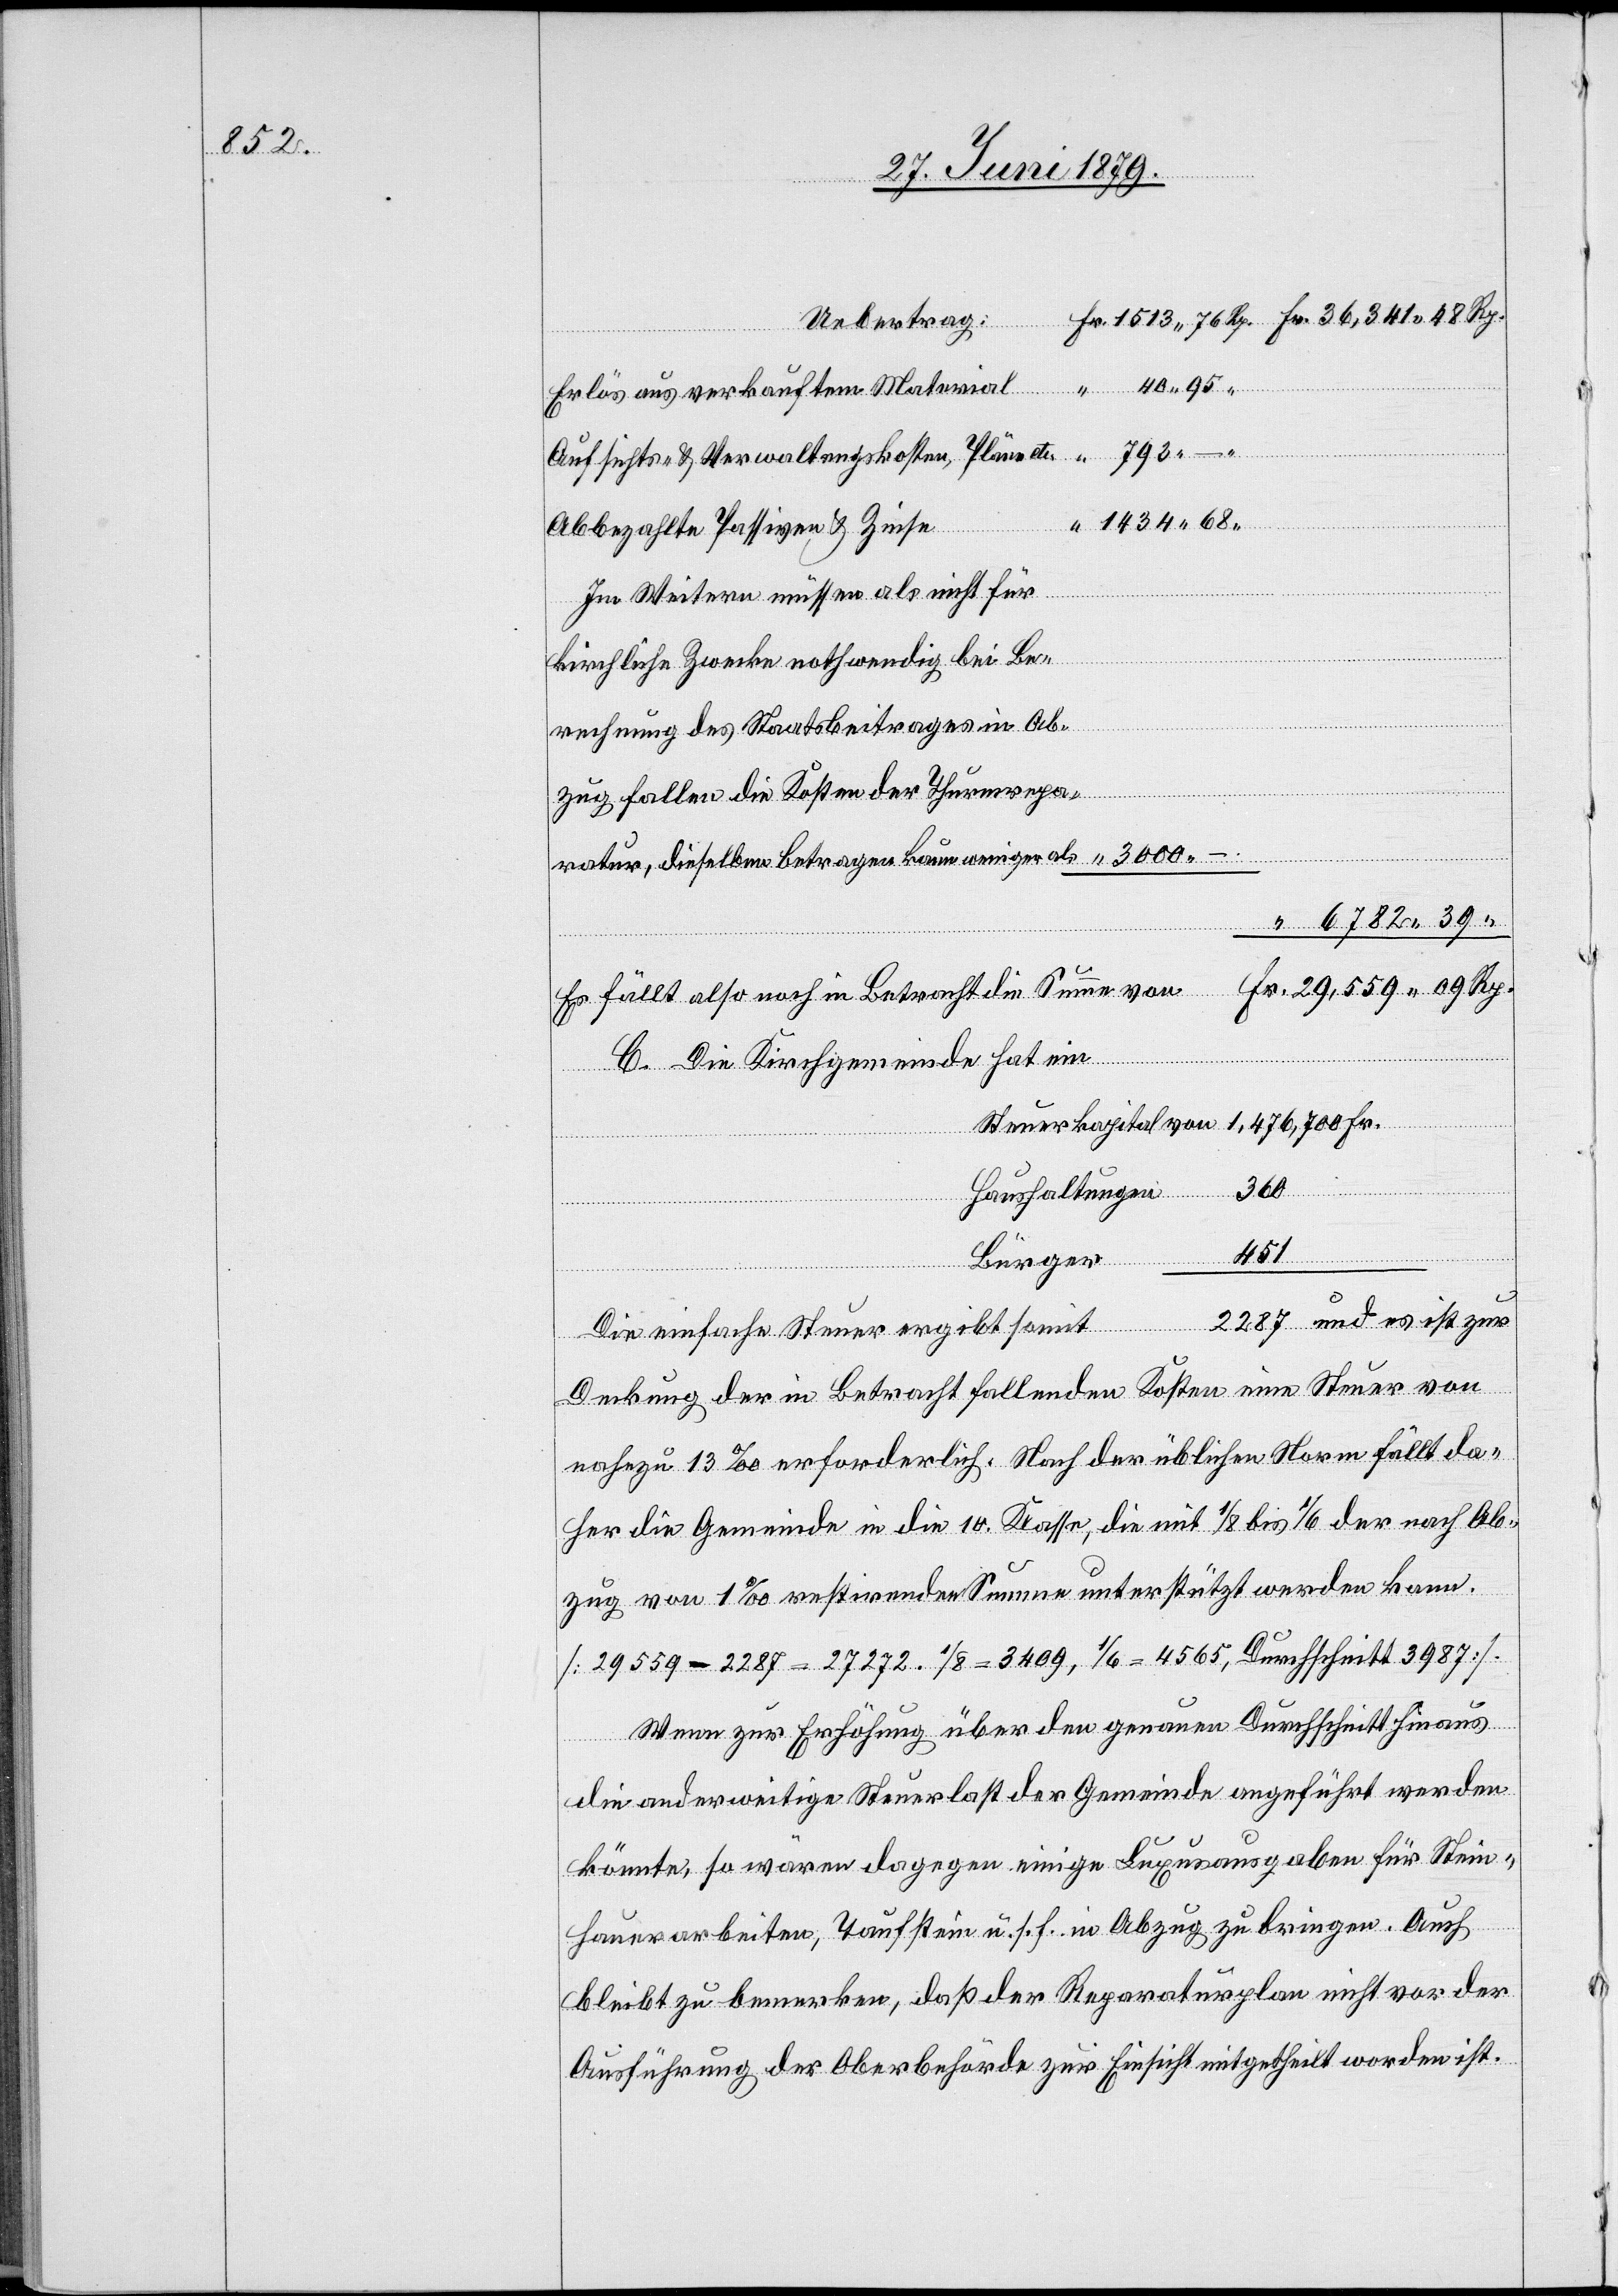
Rp.
Uebertrag:
Erlös aus verkauftem Material
Aufsichts- & Verwaltungskosten, Pläne e¬
abbezahlte Passiven & Zinse
Im Weitern müssen als nicht für
kirchliche Zwecke nothwendig bei Be¬
rechnung des Staatsbeitrages in Ab¬
zug fallen die Kosten der Thurmrepa¬
ratur, dieselben betragen kaum weniger als
6782 39
“
Es fällt also noch in Betracht die Summe von
C. Die Kirchgemeinde hat ein
Steuerkapital von 1,476,700 Fr.
360
Haushaltungen
451
Bürger
“
Die einfache Steuer ergibt somit 2287 und es ist zur
Deckung der in Betracht fallenden Kosten eine Steuer von
nahezu 13‰ erforderlich. Nach der üblichen Norm fällt da¬
her die Gemeinde in die 10. Klasse, die mit 1/8 bis 1/6 der nach Ab¬
zug von 1‰ restirenden Summe unterstützt werden kann.
[29559 – 2287 = 27272. 1/8 = 3409, 1/6 = 4565, Durchschnitt 3987].
Wenn zur Erhöhung über den genauen Durchschnitt hinaus
die anderweitige Steuerlast der Gemeinde angeführt werden
könnte, so wären dagegen einige Luxusausgaben für Stein¬
hauerarbeiten, Taufstein u. s. f. in Abzug zu bringen. Auch
bleibt zu bemerken, daß der Reparaturplan nicht vor der
Ausführung der Oberbehörde zur Einsicht mitgetheilt worden ist.